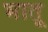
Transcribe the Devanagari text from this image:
भातू